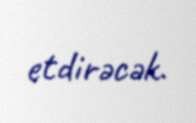
etdirəcək.